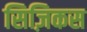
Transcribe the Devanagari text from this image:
सिज़िकस